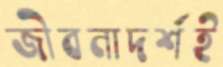
জীবনাদর্শই